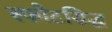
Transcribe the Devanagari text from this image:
स्फोटसिद्ध